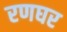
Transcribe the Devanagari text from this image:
रणघर